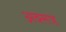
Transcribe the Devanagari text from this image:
अक्साह